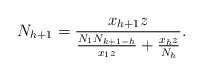
LaTeX: \begin{align*}N_{h+1} = \frac{x_{h+1}z}{\frac{N_1 N_{k+1-h}}{x_1 z} + \frac{x_h z}{N_h}}.\end{align*}